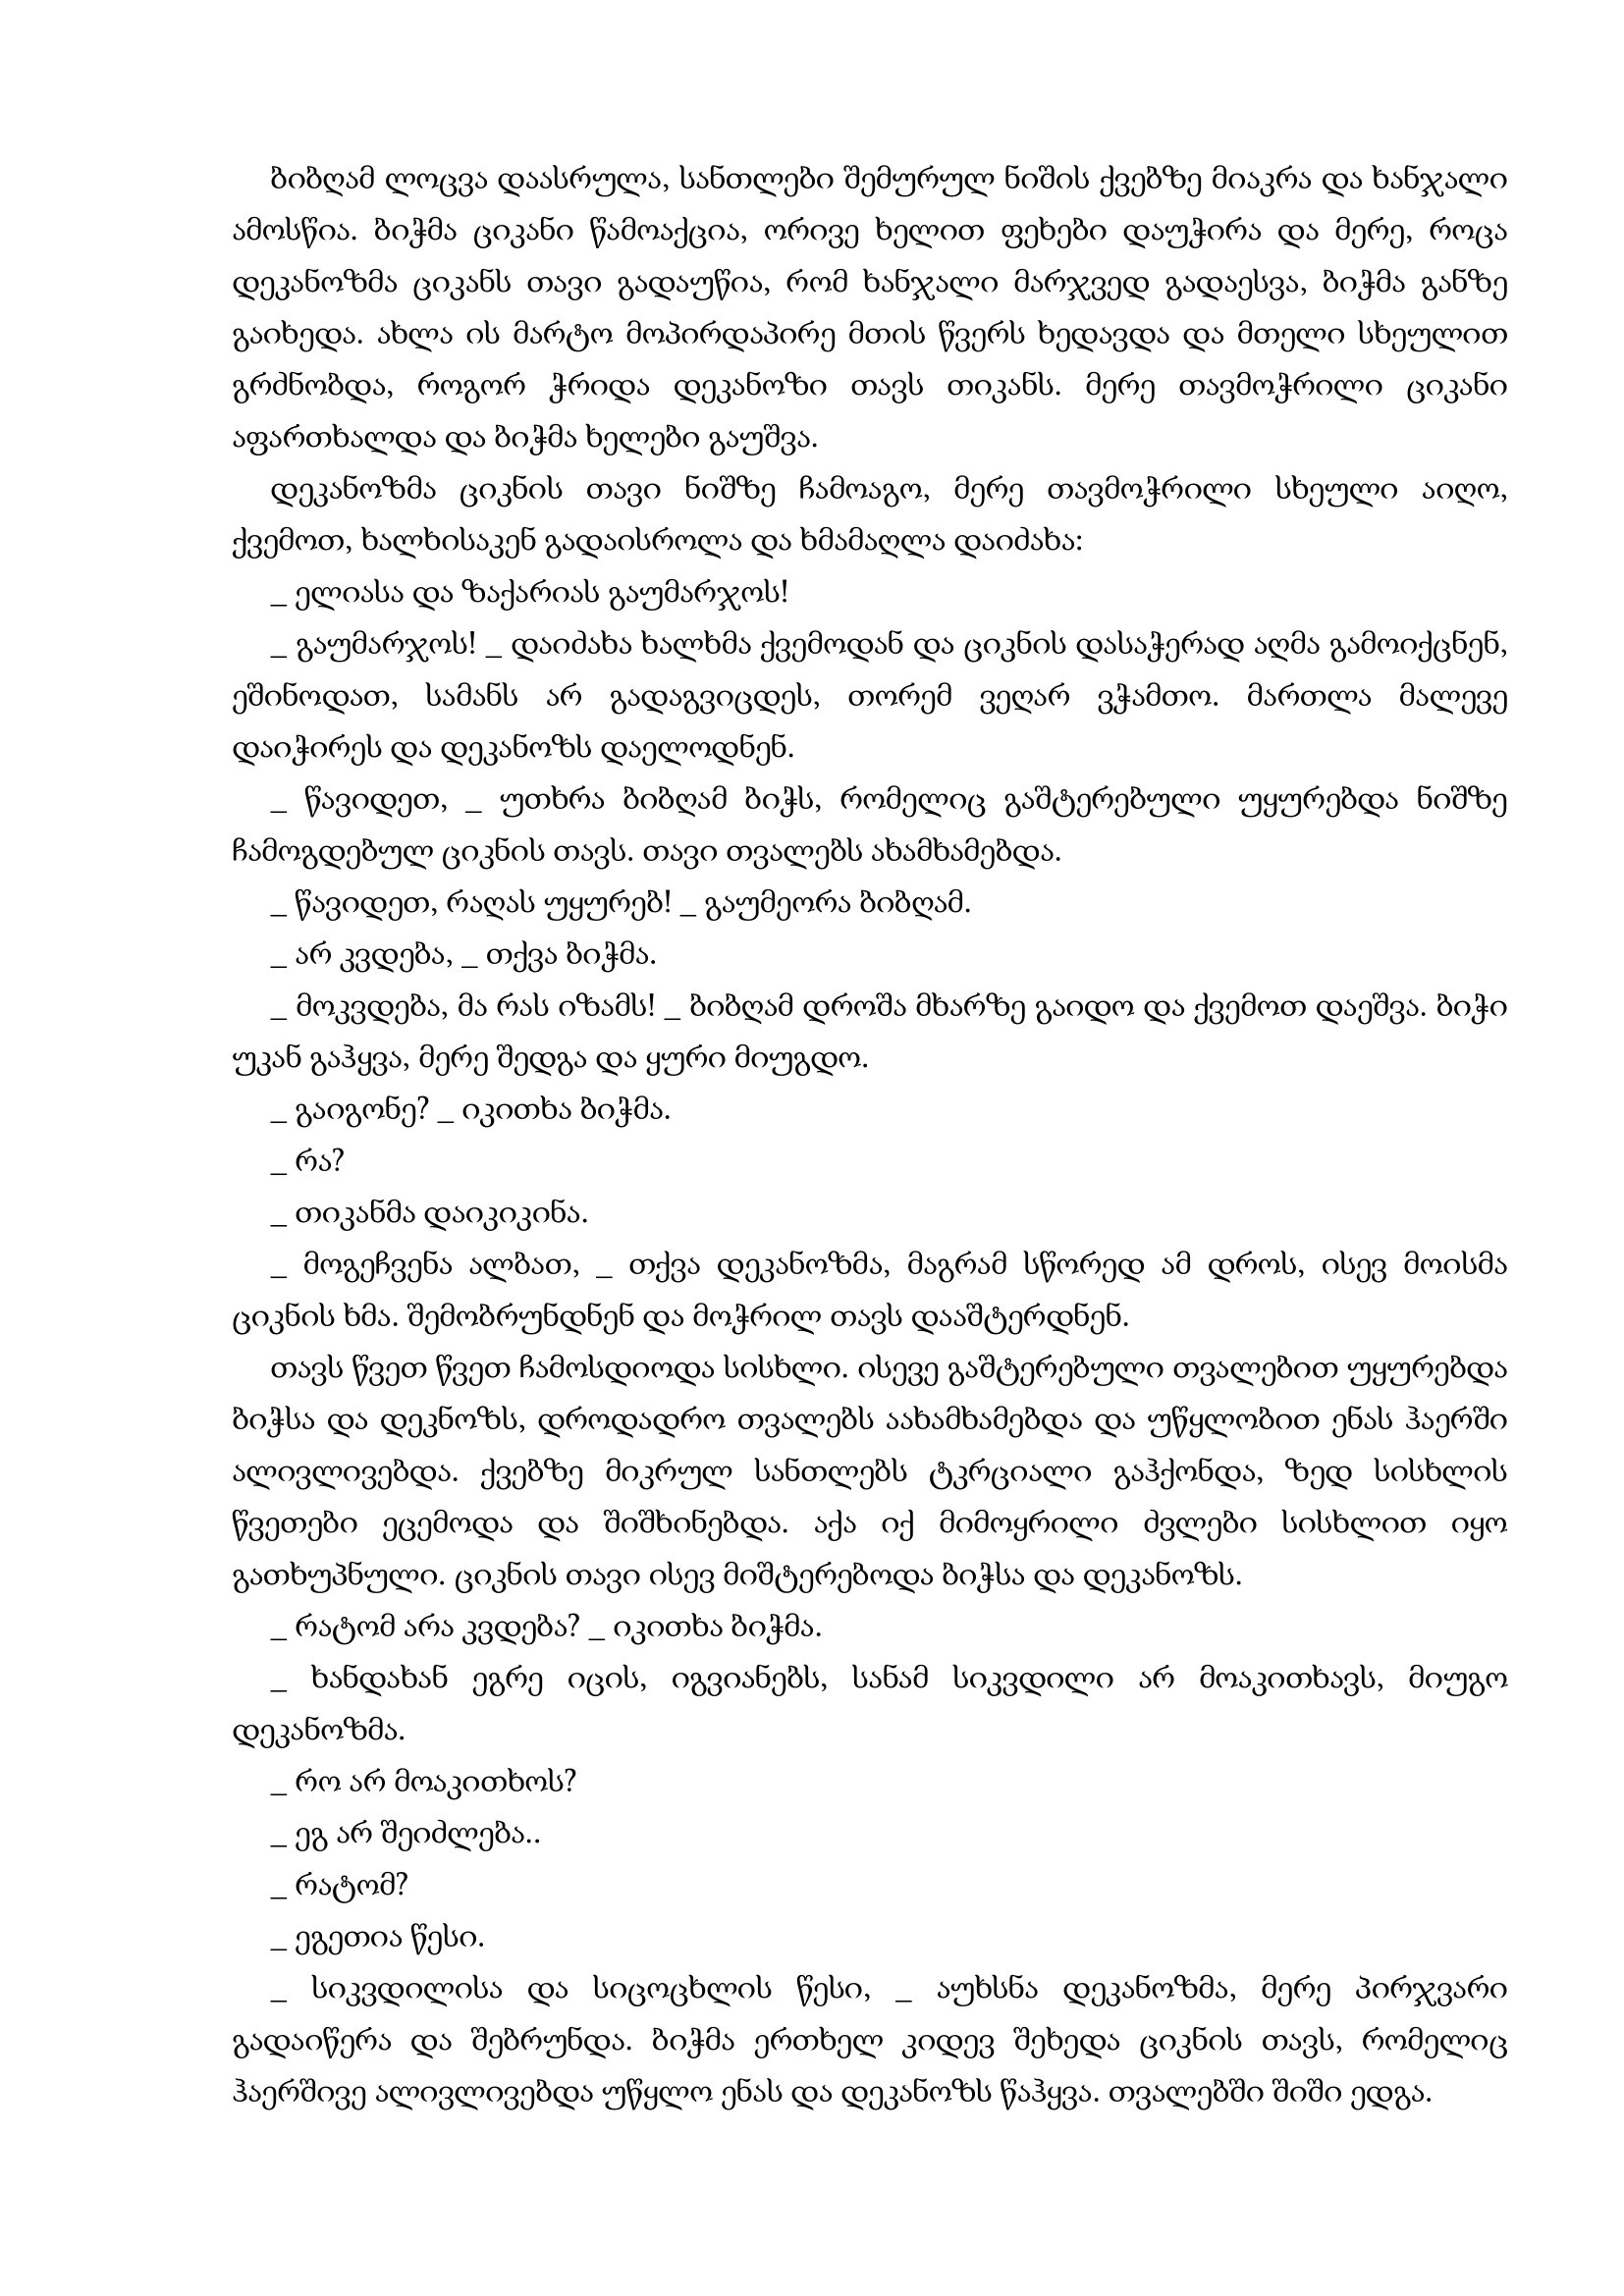
Language: gr